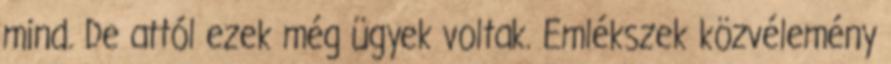
mind. De attól ezek még ügyek voltak. Emlékszek közvélemény